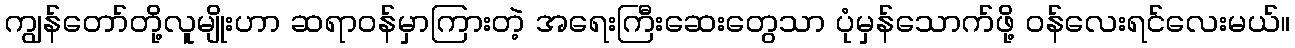
ကျွန်တော်တို့လူမျိုးဟာ ဆရာဝန်မှာကြားတဲ့ အရေးကြီးဆေးတွေသာ ပုံမှန်သောက်ဖို့ ဝန်လေးရင်လေးမယ်။